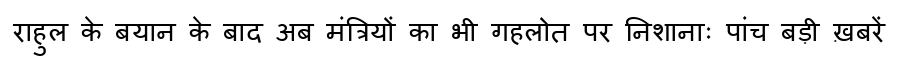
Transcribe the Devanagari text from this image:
राहुल के बयान के बाद अब मंत्रियों का भी गहलोत पर निशानाः पांच बड़ी ख़बरें